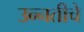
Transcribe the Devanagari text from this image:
उन्नतीचे